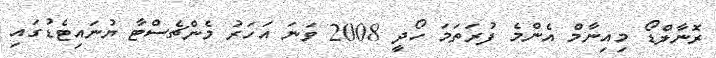
ރޮނާލްޑޯ މިއިނާމް އެންމެ ފުރަތަމަ ހޯދީ 2008 ވަނަ އަހަރު މެންޗެސްޓާ ޔުނައިޓެޑުގައި